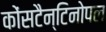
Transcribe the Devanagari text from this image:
कोंसटैन्टिनोपल